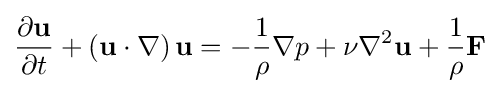
{\frac {\partial \mathbf {u} }{\partial t}}+\left(\mathbf {u} \cdot \nabla \right)\mathbf {u} =-{\frac {1}{\rho }}\nabla p+\nu \nabla ^{2}\mathbf {u} +{\frac {1}{\rho }}\mathbf {F}